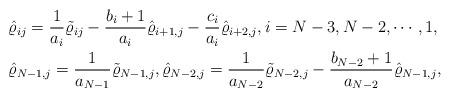
LaTeX: \begin{align*}&\hat \varrho_{ij}=\frac 1 {a_i} \tilde \varrho_{ij}-\frac {b_i+1} {a_i} \hat \varrho_{i+1,j} -\frac {c_i} {a_i} \hat \varrho_{i+2,j}, i=N-3,N-2,\cdots, 1,\\&\hat \varrho_{N-1,j} = \frac 1 {a_{N-1}} \tilde \varrho_{N-1,j},\hat \varrho_{N-2,j}=\frac 1 {a_{N-2}} \tilde \varrho_{N-2,j}-\frac {b_{N-2}+1} {a_{N-2}} \hat \varrho_{N-1,j},\end{align*}